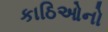
કાઠિઓનો